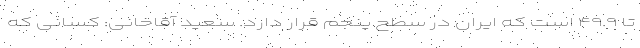
تا ۴۹.۹ است که ایران در سطح پنجم قرار دارد. سعید آقاخانی: کسانی که